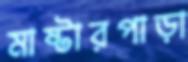
মাষ্টারপাড়া